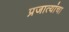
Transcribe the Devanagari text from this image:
प्रजात्यांचा